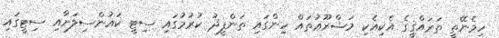
ހިމެނޭތީ ތަރައްޤީގެ އެކިއެކި މަޝްރޫޢުތައް ހިންގައި ތަންފީޛު ކުރުމުގައި ސިޓީ ކައުންސިލަށާއި ސިޓީގައި